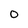
Character: O